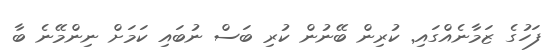
ފަހުގެ ޒަމާނެއްގައި